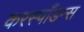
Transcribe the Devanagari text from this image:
करस्‍पाँडन्स